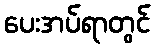
ပေးအပ်ရာတွင်